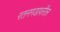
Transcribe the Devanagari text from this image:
रतनगडावरील